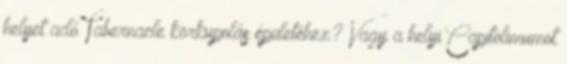
helyet adó Tabernacle körkupolás épületéhez? Vagy a helyi Capitolimumot